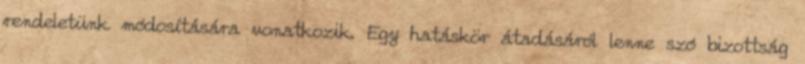
rendeletünk módosítására vonatkozik. Egy hatáskör átadásáról lenne szó bizottság